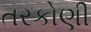
તરકોણી